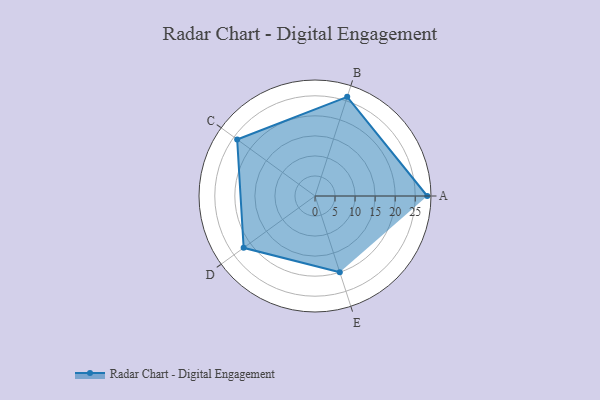
{"axis": {"x": "Skill", "y": "Score"}, "legend": ["Profile"], "data": [{"x": "A", "y": 28.0, "type": "Profile"}, {"x": "B", "y": 26.0, "type": "Profile"}, {"x": "C", "y": 24.0, "type": "Profile"}, {"x": "D", "y": 22.0, "type": "Profile"}, {"x": "E", "y": 20, "type": "Profile"}]}